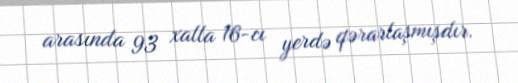
arasında 93 xalla 16-cı yerdə qərarlaşmışdır.